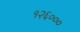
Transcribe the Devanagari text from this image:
१२६०००